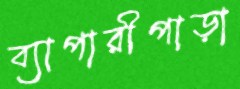
ব্যাপারীপাড়া